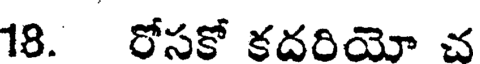
18. రోసకో కదరియో చ